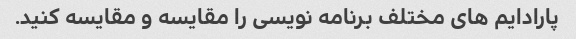
پارادایم های مختلف برنامه نویسی را مقایسه و مقایسه کنید.